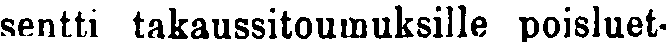
sentti takaussitoumuksille poisluet-